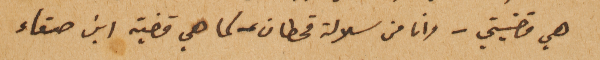
هي قضيتي – وانا من سلالة قحطان – كما هي قضية ابن صنعاء